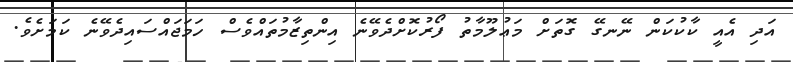
އަދި އެއީ ކާކުކަން ނޭނގޭ ގޮތަށް މަޢުލޫމާތު ފޯރުކޮށްދެވޭނެ އިންތިޒާމުތައްވެސް ހަމަޖައްސައިދެވޭނެ ކަމަށެވެ.